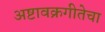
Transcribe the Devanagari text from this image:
अष्टावक्रगीतेचा